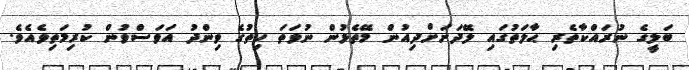
ބަލީގެ ނުރައްކާތެރި ޙާލަތުގައި ލޭދަށަށްދިއުން މޭތެޅުން ނުވަތަ ހިތުގެ ވިންދު އަވަސްވުން ކުރިމަތިވެއެވެ.